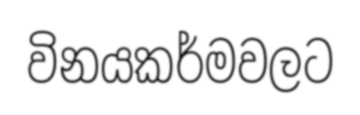
විනයකර්මවලට